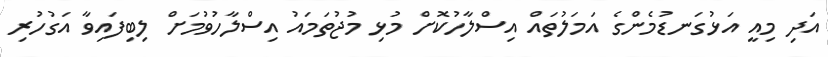
އަދި މިއީ އަޅުގަނޑުމެންގެ އަމަލުތައް އިސްލާހުކޮށް މުޅި މުޖުތަމައު އިސްލާހުވުމަށް ލިބިފައިވާ އަގުހުރި